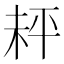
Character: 𪲅